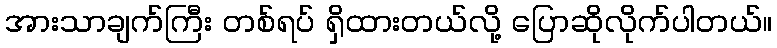
အားသာချက်ကြီး တစ်ရပ် ရှိထားတယ်လို့ ပြောဆိုလိုက်ပါတယ်။